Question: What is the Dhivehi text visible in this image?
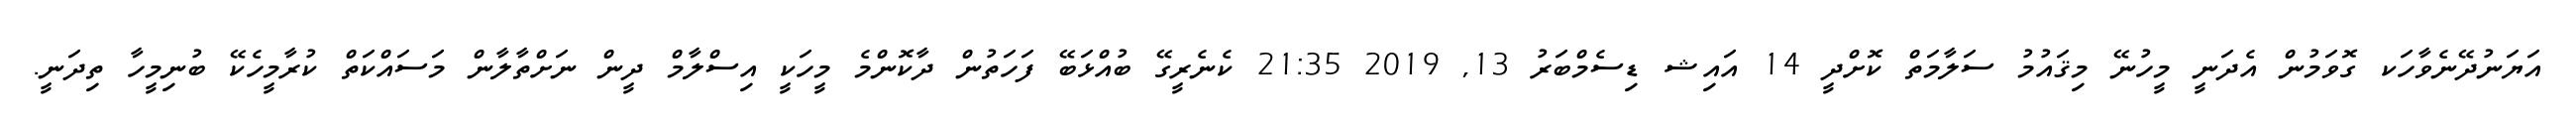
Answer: އަޔަނުދޭނެވާހަކ ގޮވަމުން އެދަނީ މީހުނޭ މިޤައުމު ސަލާމަތް ކޮށްދީ 14 އައިޝ ޑިސެމްބަރު 13, 2019 21:35 ކެނެރީގޭ ބުއްޅަބޭ ފަހަތުން ދާކޮންމެ މީހަކީ އިސްލާމް ދީން ނަށްތާލާން މަސައްކަތް ކުރާމީހެކޭ ބުނިމީހާ ތިދަނީ.